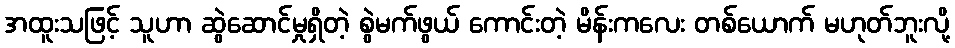
အထူးသဖြင့် သူဟာ ဆွဲဆောင်မှုရှိတဲ့ စွဲမက်ဖွယ် ကောင်းတဲ့ မိန်းကလေး တစ်ယောက် မဟုတ်ဘူးလို့